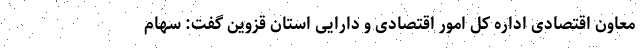
معاون اقتصادی اداره کل امور اقتصادی و دارایی استان قزوین گفت: سهام